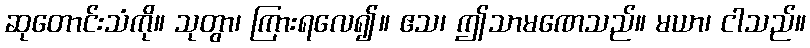
ဆုတောင်းသံကို။ သုတွာ၊ ကြားရလေ၍။ ဧသ၊ ဤသာမဏေသည်။ မယာ၊ ငါသည်။